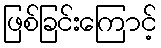
ဖြစ်ခြင်းကြောင့်